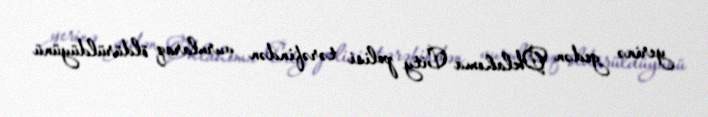
yerinə gedən Oklahoma City polisi tərəfindən vurularaq öldürüldüyünü